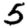
Digit: 5